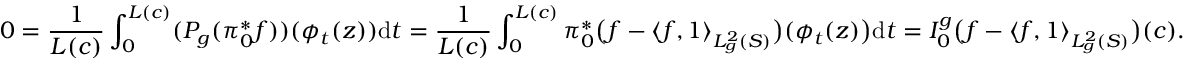
0 = \frac { 1 } { L ( c ) } \int _ { 0 } ^ { L ( c ) } ( P _ { g } ( \pi _ { 0 } ^ { * } f ) ) ( \phi _ { t } ( z ) ) \mathrm { d } t = \frac { 1 } { L ( c ) } \int _ { 0 } ^ { L ( c ) } \pi _ { 0 } ^ { * } \big ( f - \langle f , 1 \rangle _ { L _ { g } ^ { 2 } ( S ) } \big ) ( \phi _ { t } ( z ) \big ) \mathrm { d } t = I _ { 0 } ^ { g } \big ( f - \langle f , 1 \rangle _ { L _ { g } ^ { 2 } ( S ) } \big ) ( c ) .